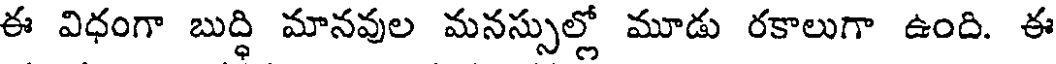
ఈ విధంగా బుద్ధి మానవుల మనస్సుల్లో మూడు రకాలుగా ఉంది. ఈ